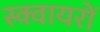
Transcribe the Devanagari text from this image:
स्क्वायरों